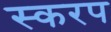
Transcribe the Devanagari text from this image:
स्करप